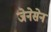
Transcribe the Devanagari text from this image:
जेनेसेन